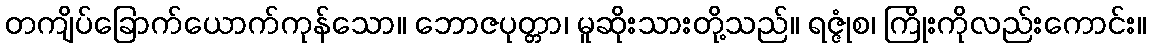
တကျိပ်ခြောက်ယောက်ကုန်သော။ ဘောဇပုတ္တာ၊ မူဆိုးသားတို့သည်။ ရဇ္ဇုံစ၊ ကြိုးကိုလည်းကောင်း။